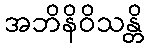
အဘိနိဝိသန္တိ